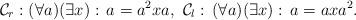
LaTeX: \begin{align*}\mathcal{C}_{r}:(\forall a)(\exists x):\,a=a^{2}xa,\,\,\mathcal{C}_{l}:\,(\forall a)(\exists x):\,a=axa^{2}.\end{align*}